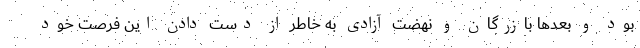
بود و بعدها بازرگان و نهضت آزادی به خاطر از دست دادن این فرصت خود